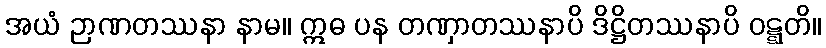
အယံ ဉာဏတဿနာ နာမ။ ဣဓ ပန တဏှာတဿနာပိ ဒိဋ္ဌိတဿနာပိ ဝဋ္ဋတိ။